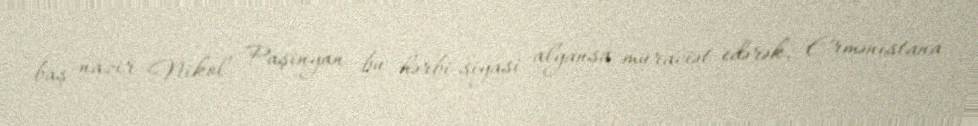
baş nazir Nikol Paşinyan bu hərbi-siyasi alyansa müraciət edərək, Ermənistana